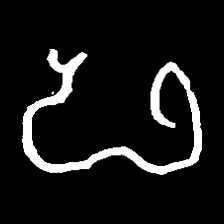
Pyu character \u2014 Myanmar letter: ဖ (romanized: pha)